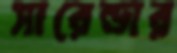
সারেন্ডার